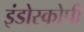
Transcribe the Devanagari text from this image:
इंडोस्कोपी